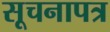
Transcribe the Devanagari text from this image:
सूचनापत्र